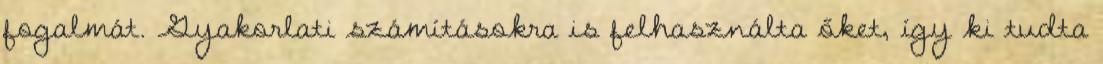
fogalmát. Gyakorlati számításokra is felhasználta őket, így ki tudta